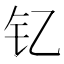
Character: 钇